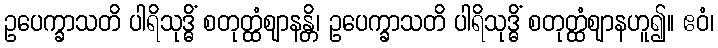
ဥပေက္ခာသတိ ပါရိသုဒ္ဓိံ စတုတ္ထံဈာနန္တိ၊ ဥပေက္ခာသတိ ပါရိသုဒ္ဓိံ စတုတ္ထံဈာနဟူ၍။ ဧဝံ၊